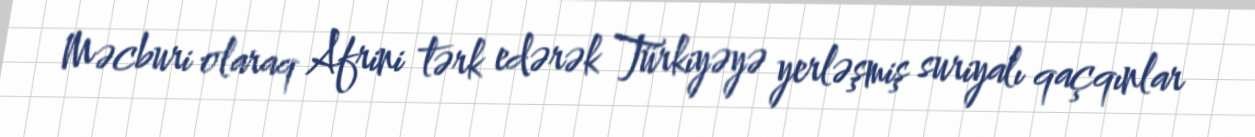
Məcburi olaraq Afrini tərk edərək Türkiyəyə yerləşmiş suriyalı qaçqınlar